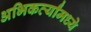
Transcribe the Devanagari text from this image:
अभिकर्त्यांमध्ये